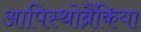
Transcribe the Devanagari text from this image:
आपिस्थोब्रैंकिया